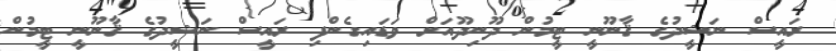
ރައީސް ނަޝީދުގެ ޤާނޫނީ ޓީމުން ދޫނިދޫއަށް ވަޑައިގެންފި ރައީސް ނަޝީދުގެ ޤާނޫނީ ޓީމުން